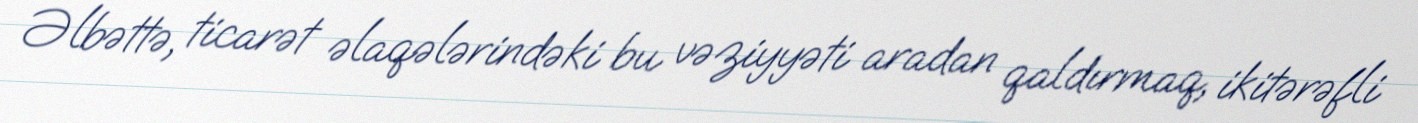
Əlbəttə, ticarət əlaqələrindəki bu vəziyyəti aradan qaldırmaq, ikitərəfli